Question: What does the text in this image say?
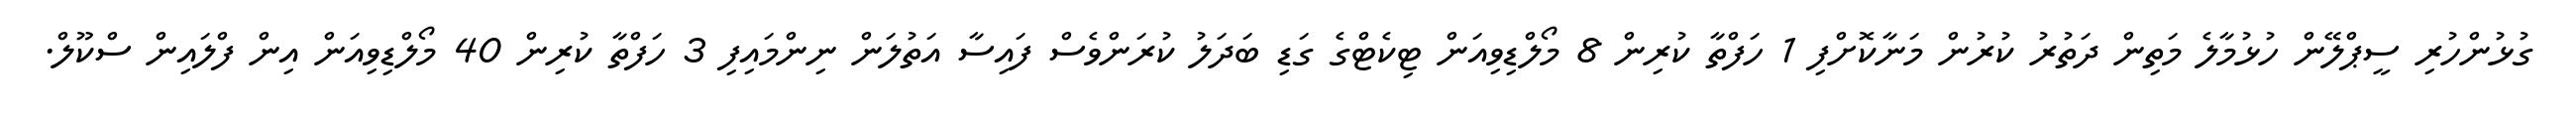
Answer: ގުޅުންހުރި ސީޕްލޭން ހުޅުމާލެ މަތިން ދަތުރު ކުރުން މަނާކޮށްފި 1 ހަފްތާ ކުރިން 8 މޯލްޑިވިއަން ޓިކެޓްގެ ގަޑި ބަދަލު ކުރަންވެސް ފައިސާ އަތުލަން ނިންމައިފި 3 ހަފްތާ ކުރިން 40 މޯލްޑިވިއަން އިން ފްލައިން ސްކޫލް.